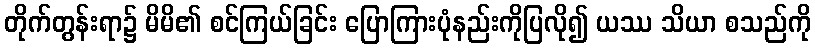
တိုက်တွန်းရာ၌ မိမိ၏ စင်ကြယ်ခြင်း ပြောကြားပုံနည်းကိုပြလို၍ ယဿ သိယာ စသည်ကို